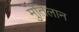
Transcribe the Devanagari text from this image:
मुंतिलान